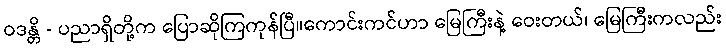
ဝဒန္တိ - ပညာရှိတို့က ပြောဆိုကြကုန်ပြီ။ကောင်းကင်ဟာ မြေကြီးနဲ့ ဝေးတယ်၊ မြေကြီးကလည်း